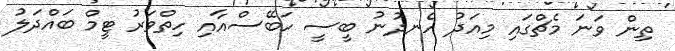
ތިން ވަނަ މެޗްގައި މިއަދު ހެނދުނު ބީސީ ހަބޭސްއާއި ހިތްވަރު ޓީމް ބައްދަލު